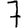
Digit: 7